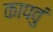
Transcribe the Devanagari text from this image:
कापवुं